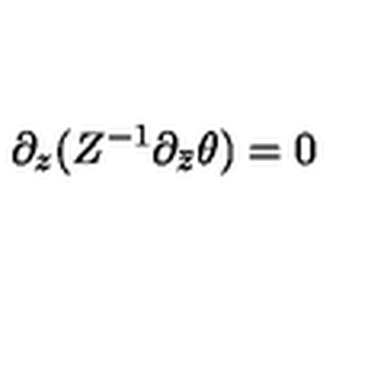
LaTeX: \partial _ { z } ( Z ^ { - 1 } \partial _ { \bar { z } } \theta ) = 0